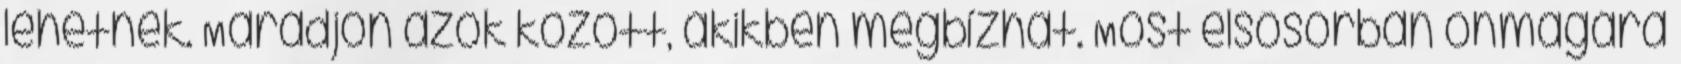
lehetnek. Maradjon azok között, akikben megbízhat. Most elsősorban önmagára